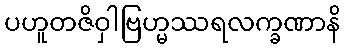
ပဟူတဇိဝှါဗြဟ္မဿရလက္ခဏာနိ